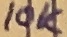
Text: 10K